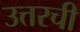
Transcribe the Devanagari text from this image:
उत्तरची